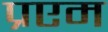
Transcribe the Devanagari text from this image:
प्रएम